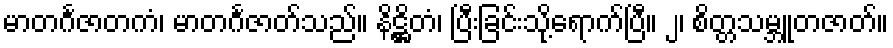
မာတင်္ဂဇာတကံ၊ မာတင်္ဂဇာတ်သည်။ နိဋ္ဌိတံ၊ ပြီးခြင်းသို့ရောက်ပြီ။ ၂၊ စိတ္တသမ္ဘူတဇာတ်။